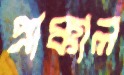
প্রাক্কাল